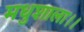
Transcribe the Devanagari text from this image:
मधुशाला।।